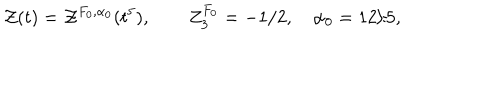
{ \cal Z } ( t ) = { \cal Z } ^ { F _ { 0 } , \alpha _ { 0 } } ( t ^ { 5 } ) , \qquad Z _ { 3 } ^ { F _ { 0 } } = - 1 / 2 , \quad \alpha _ { 0 } = 1 2 / 5 ,